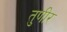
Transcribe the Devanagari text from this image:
तुणीर